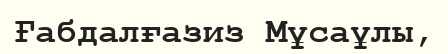
Ғабдалғазиз Мұсаұлы,